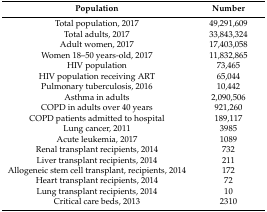
<table><thead><tr><td><b>Population</b></td><td><b>Number</b></td></tr></thead><tbody><tr><td>Total population, 2017</td><td>49,291,609</td></tr><tr><td>Total adults, 2017</td><td>33,843,324</td></tr><tr><td>Adult women, 2017</td><td>17,403,058 </td></tr><tr><td>Women 18–50 years-old, 2017</td><td>11,832,865</td></tr><tr><td>HIV population</td><td>73,465</td></tr><tr><td>HIV population receiving ART</td><td>65,044</td></tr><tr><td>Pulmonary tuberculosis, 2016</td><td>10,442</td></tr><tr><td>Asthma in adults</td><td>2,090,506</td></tr><tr><td>COPD in adults over 40 years</td><td>921,260</td></tr><tr><td>COPD patients admitted to hospital</td><td>189,117</td></tr><tr><td>Lung cancer, 2011</td><td>3985</td></tr><tr><td>Acute leukemia, 2017</td><td>1089</td></tr><tr><td>Renal transplant recipients, 2014</td><td>732</td></tr><tr><td>Liver transplant recipients, 2014</td><td>211</td></tr><tr><td>Allogeneic stem cell transplant, recipients, 2014</td><td>172</td></tr><tr><td>Heart transplant recipients, 2014</td><td>72</td></tr><tr><td>Lung transplant recipients, 2014</td><td>10</td></tr><tr><td>Critical care beds, 2013</td><td>2310</td></tr></tbody></table>